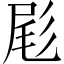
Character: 𫵞